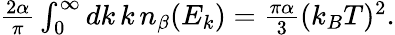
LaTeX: \begin{array}{r}{\frac{2\alpha}{\pi}\int_{0}^{\infty}dk\, k\, n_{\beta}(E_{k})=\frac{\pi\alpha}{3}(k_{B}T)^{2}.}\end{array}